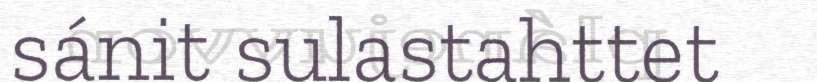
sánit sulastahttet